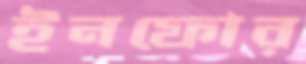
ইনফোর